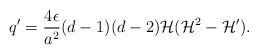
LaTeX: \begin{align*}q' = \frac{ 4 \epsilon}{a^2} ( d-1) ( d- 2) {\cal H} ( {\cal H}^2 - {\cal H}').\end{align*}